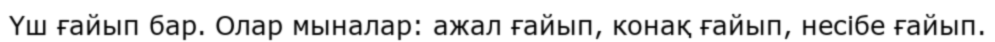
Үш ғайып бар. Олар мыналар: ажал ғайып, конақ ғайып, несібе ғайып.